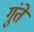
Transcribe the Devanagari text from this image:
गुंते